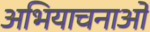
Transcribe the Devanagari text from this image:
अभियाचनाओं